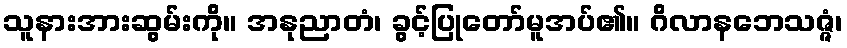
သူနားအားဆွမ်းကို။ အနုညာတံ၊ ခွင့်ပြုတော်မူအပ်၏။ ဂိလာနဘေသဇ္ဇံ၊